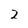
Character: 2